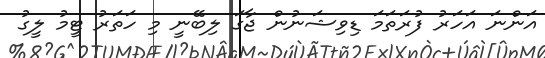
އަންނަ އަހަރު ފުރަތަމަ ޑިވިޝަނުން ޖާގަ ލިބޭނީ މި ހަތަރު ޓީމު ލީގު